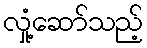
လှုံ့ဆော်သည့်